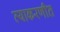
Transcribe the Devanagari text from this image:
व्याकरणीत